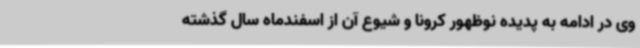
وی در ادامه به پدیده نوظهور کرونا و شیوع آن از اسفندماه سال گذشته